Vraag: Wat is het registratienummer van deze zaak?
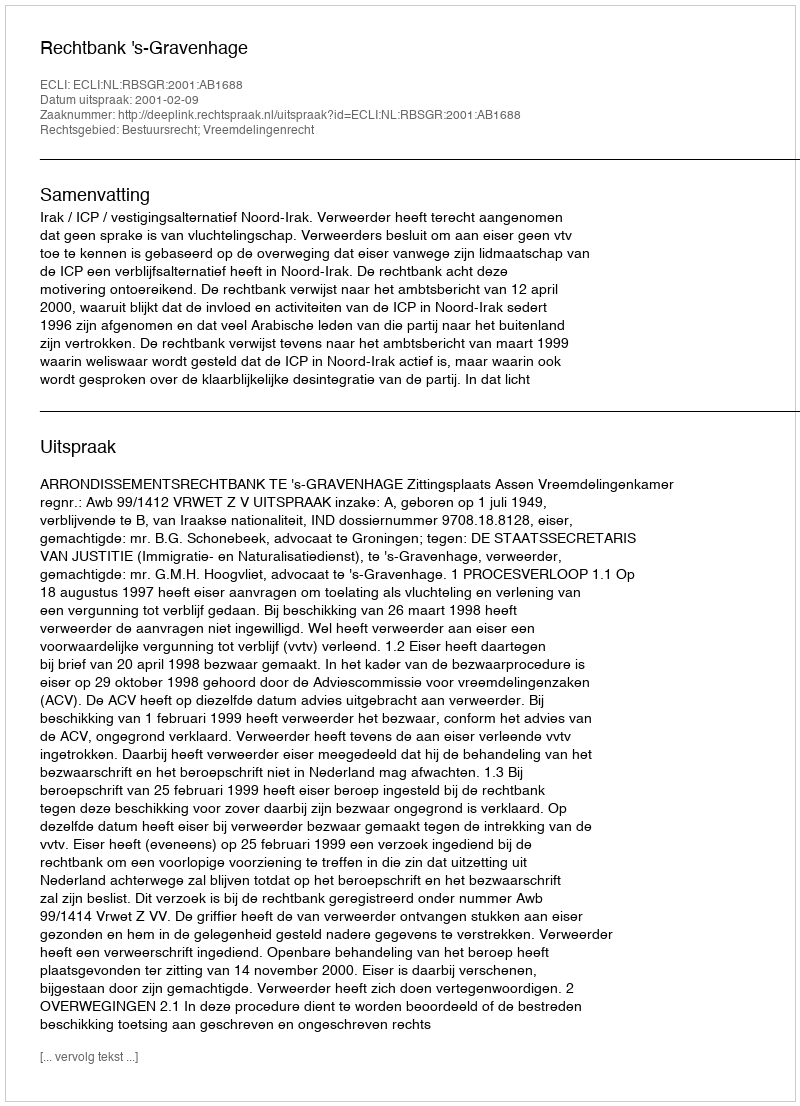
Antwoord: http://deeplink.rechtspraak.nl/uitspraak?id=ECLI:NL:RBSGR:2001:AB1688